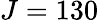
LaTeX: J=130